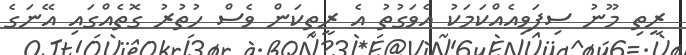
ރީތި މޫނު ސިފަވިއެއްކަމަކު އެވަގުތު އެ ރީތިކަން ވެސް ހުތުރު ގޮތެއްގައި އޭނަގެ